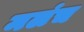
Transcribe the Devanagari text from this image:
मलंच